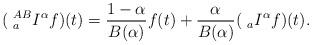
LaTeX: \begin{align*} (~^{AB}_{a}I^\alpha f)(t)=\frac{1-\alpha}{B(\alpha)}f(t)+\frac{\alpha}{B(\alpha)}(~_{a}I^\alpha f)(t).\end{align*}